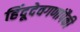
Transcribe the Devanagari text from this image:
हिंदूदेवगणांपैकी